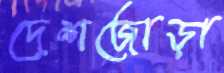
দেশজোড়া